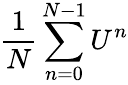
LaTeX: {\frac{1}{N}}\sum_{n=0}^{N-1}U^{n}